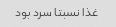
غذا نسبتا سرد بود